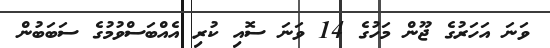
ވަނަ އަހަރުގެ ޖޫން މަހުގެ 14 ވަނަ ސޮއި ކުރި އެއްބަސްވުމުގެ ސަބަބުން